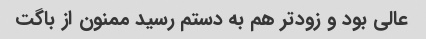
عالی بود و زودتر هم به دستم رسید ممنون از باگت